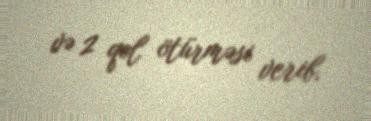
və 2 qol ötürməsi verib.